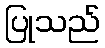
ပြုသည်